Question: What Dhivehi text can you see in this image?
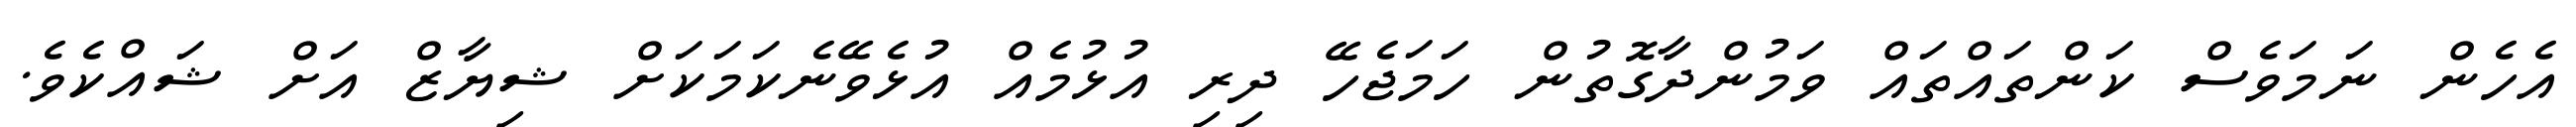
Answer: އެހެން ނަމަވެސް ކަންތައްތައް ވަމުންދާގޮތުން ހަމަޖެހޭ ދިރި އުޅުމެއް އުޅެވޭނެކަމަކަށް ޝިޔާޒް އަށް ޝައްކެވެ.